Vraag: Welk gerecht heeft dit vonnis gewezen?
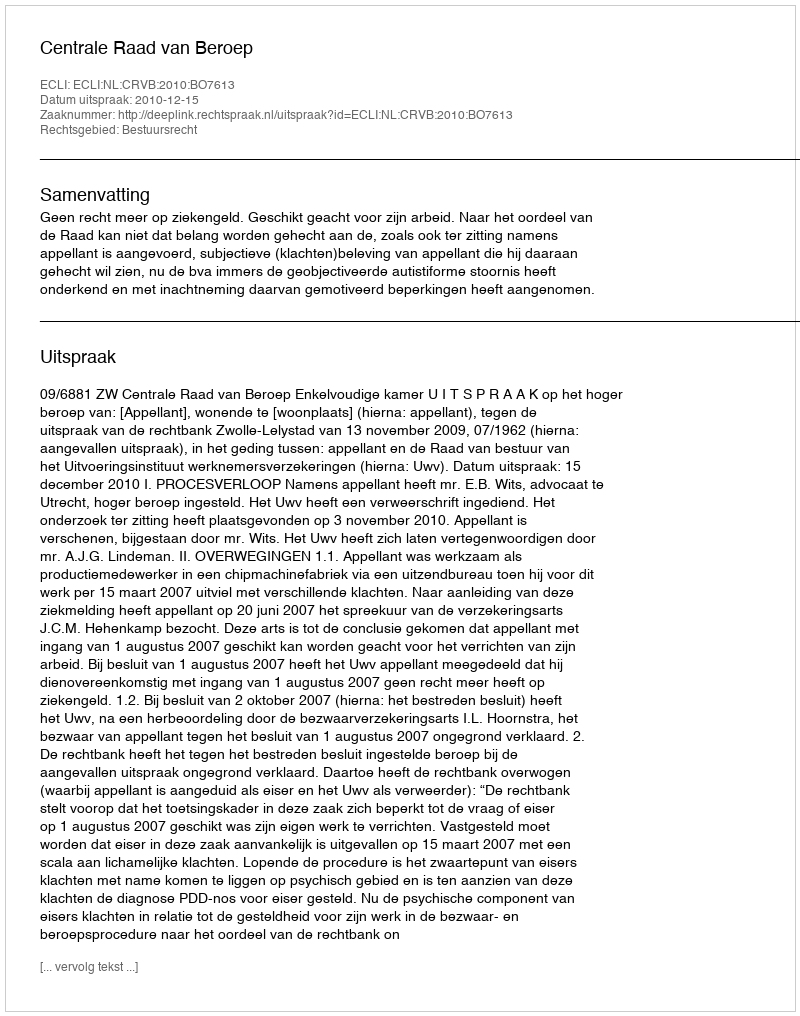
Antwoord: Centrale Raad van Beroep